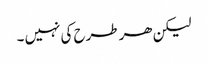
لیکن ھر طرح کی نہیں ۔